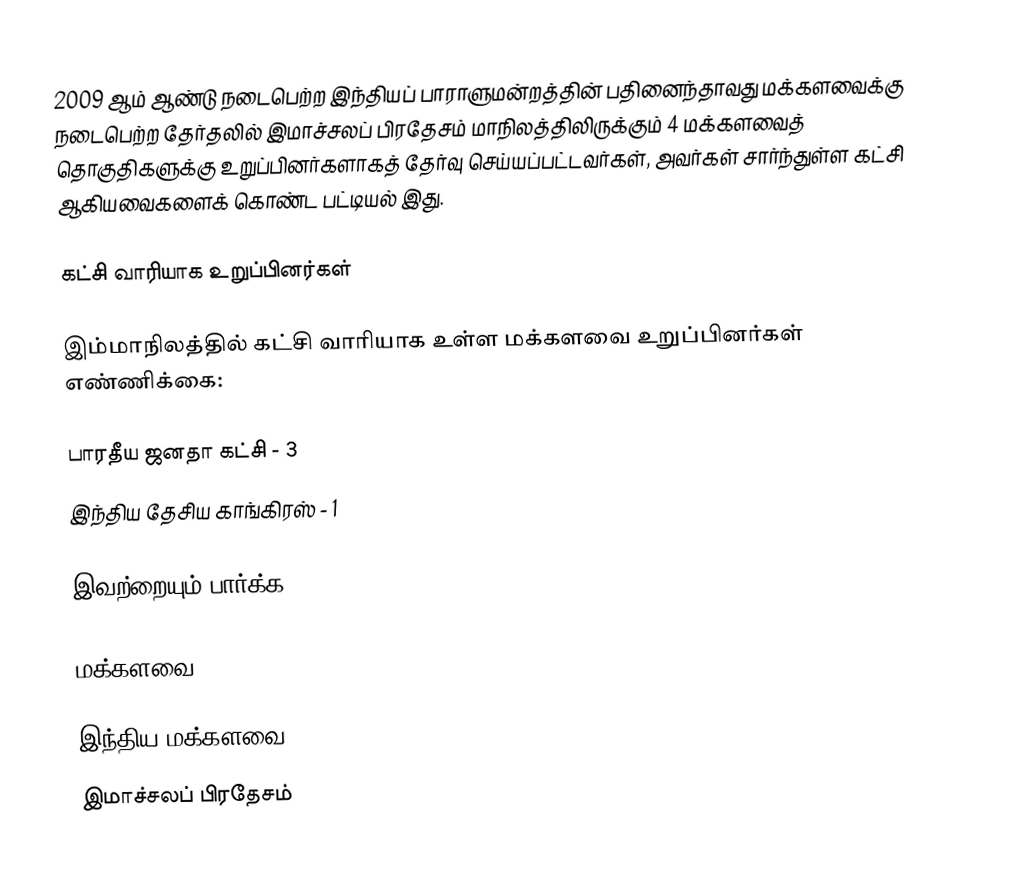
2009 ஆம் ஆண்டு நடைபெற்ற இந்தியப் பாராளுமன்றத்தின் பதினைந்தாவது மக்களவைக்கு நடைபெற்ற தேர்தலில் இமாச்சலப் பிரதேசம் மாநிலத்திலிருக்கும் 4 மக்களவைத் தொகுதிகளுக்கு உறுப்பினர்களாகத் தேர்வு செய்யப்பட்டவர்கள், அவர்கள் சார்ந்துள்ள கட்சி ஆகியவைகளைக் கொண்ட பட்டியல் இது.

கட்சி வாரியாக உறுப்பினர்கள்

இம்மாநிலத்தில் கட்சி வாரியாக உள்ள மக்களவை உறுப்பினர்கள் எண்ணிக்கை:

பாரதீய ஜனதா கட்சி - 3
இந்திய தேசிய காங்கிரஸ் - 1

இவற்றையும் பார்க்க

 மக்களவை

இந்திய மக்களவை
இமாச்சலப் பிரதேசம்